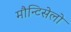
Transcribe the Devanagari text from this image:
मौन्टिसेलो